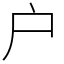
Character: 户